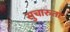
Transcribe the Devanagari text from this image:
सुचारुता